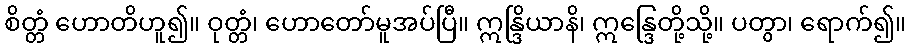
စိတ္တံ ဟောတိဟူ၍။ ဝုတ္တံ၊ ဟောတော်မူအပ်ပြီ။ ဣန္ဒြိယာနိ၊ ဣန္ဒြေတို့သို့။ ပတွာ၊ ရောက်၍။